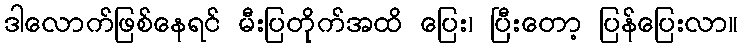
ဒါလောက်ဖြစ်နေရင် မီးပြတိုက်အထိ ပြေး၊ ပြီးတော့ ပြန်ပြေးလာ။